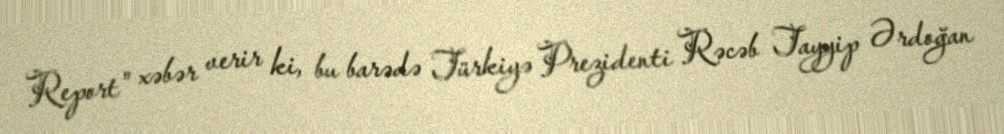
Report" xəbər verir ki, bu barədə Türkiyə Prezidenti Rəcəb Tayyip Ərdoğan